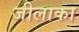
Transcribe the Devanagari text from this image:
जीलाका